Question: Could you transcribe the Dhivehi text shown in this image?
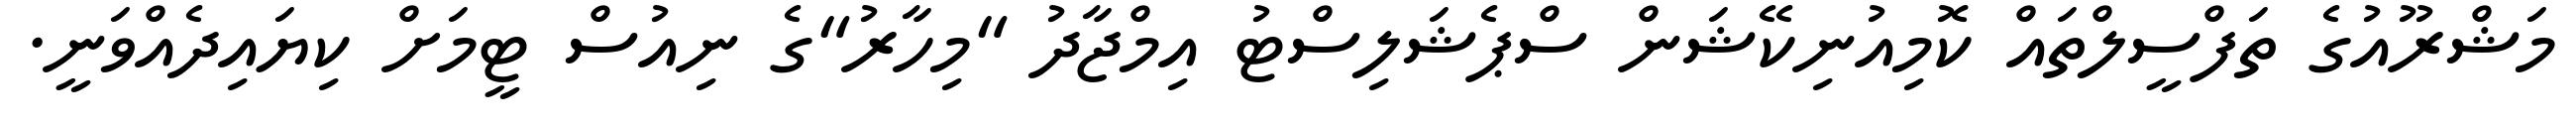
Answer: މަޝްރޫއުގެ ތަފްސީލްތައް ކޮމިއުނިކޭޝަން ސްޕެޝަލިސްޓު އިމްޖާދު "މިހާރު"ގެ ނިއުސް ޓީމަށް ކިޔައިދެއްވަނީ.